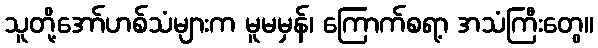
သူတို့အော်ဟစ်သံများက မူမမှန်၊ ကြောက်စရာ့ အသံကြီးတွေ။